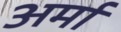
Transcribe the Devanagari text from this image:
अर्मा